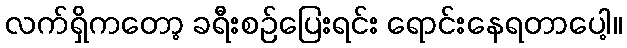
လက်ရှိကတော့ ခရီးစဉ်ပြေးရင်း ရောင်းနေရတာပေါ့။